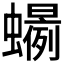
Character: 𲀍